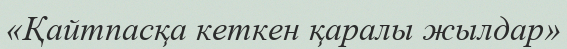
«Қайтпасқа кеткен қаралы жылдар»